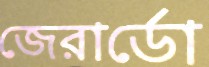
জেরার্ডো